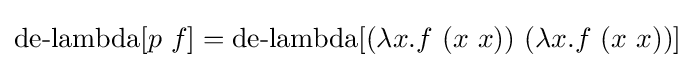
\operatorname {de-lambda} [p\ f]=\operatorname {de-lambda} [(\lambda x.f\ (x\ x))\ (\lambda x.f\ (x\ x))]